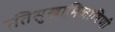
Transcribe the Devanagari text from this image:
रतिसुखाभिलाषिणी